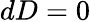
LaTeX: dD=0